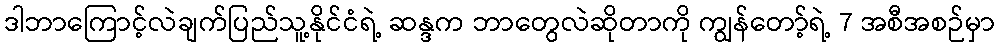
ဒါဘာကြောင့်လဲချက်ပြည်သူ့နိုင်ငံရဲ့ ဆန္ဒက ဘာတွေလဲဆိုတာကို ကျွန်တော့်ရဲ့ 7 အစီအစဉ်မှာ